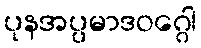
ပုနအပ္ပမာဒဝဂ္ဂေါ